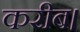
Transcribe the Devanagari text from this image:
करीब।